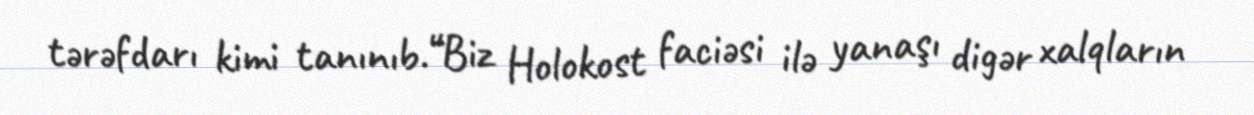
tərəfdarı kimi tanınıb.“Biz Holokost faciəsi ilə yanaşı digər xalqların